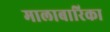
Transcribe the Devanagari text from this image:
मालाबारिका